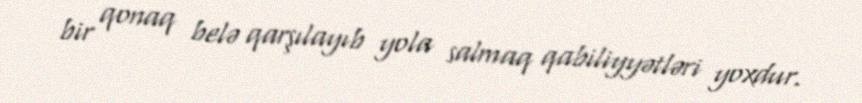
bir qonaq belə qarşılayıb yola salmaq qabiliyyətləri yoxdur.